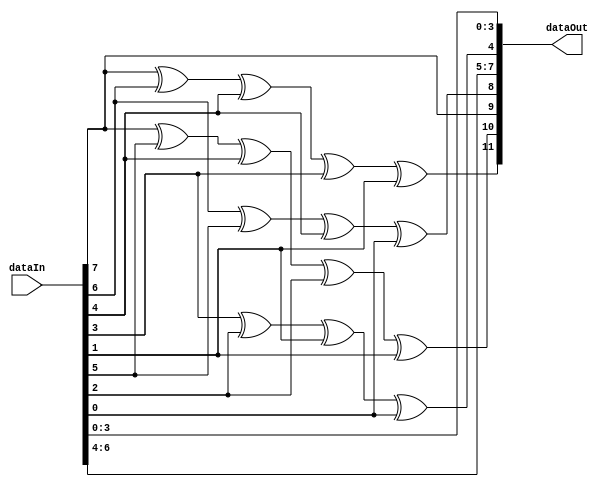
`timescale 1ns / 1ps

module AddParity(
input [1:8] dataIn,
output reg [1:12] dataOut
);

always @(*) 
begin
    dataOut[1] = 
        dataIn[1] ^ dataIn[2] ^ dataIn[4] ^ dataIn[5] ^ dataIn[7];
    dataOut[2] =
        dataIn[1] ^ dataIn[3] ^ dataIn[4] ^ dataIn[6] ^ dataIn[7];
    dataOut[4] =
        dataIn[2] ^ dataIn[3] ^ dataIn[4] ^ dataIn[8];
    dataOut[8] =
        dataIn[5] ^ dataIn[6] ^ dataIn[7] ^ dataIn[8];

    dataOut[3] = dataIn[1];
    dataOut[5] = dataIn[2];
    dataOut[6] = dataIn[3];
    dataOut[7] = dataIn[4];
    dataOut[9] = dataIn[5];
    dataOut[10] = dataIn[6];
    dataOut[11] = dataIn[7];
    dataOut[12] = dataIn[8];
end
endmodule

module CheckParity(
input [1:12] dataIn,
output reg [1:8] dataOut
);

reg [1:4] C;

always@(*) begin
    C[4] = dataIn[1] ^ dataIn[3] ^ dataIn[5] ^ dataIn[7] ^ dataIn[9] ^ dataIn[11];
    C[3] = dataIn[2] ^ dataIn[3] ^ dataIn[6] ^ dataIn[7] ^ dataIn[10] ^ dataIn[11];
    C[2] = dataIn[4] ^ dataIn[5] ^ dataIn[6] ^ dataIn[7] ^ dataIn[12];
    C[1] = dataIn[8] ^ dataIn[9] ^ dataIn[10] ^ dataIn[11] ^ dataIn[12];

    dataOut[1]=dataIn[3];
    dataOut[2]=dataIn[5];
    dataOut[3]=dataIn[6];
    dataOut[4]=dataIn[7];
    dataOut[5]=dataIn[9];
    dataOut[6]=dataIn[10];
    dataOut[7]=dataIn[11];
    dataOut[8]=dataIn[12];
    
    case (C)  
        0:;
        1:;
        2:;
        3: dataOut[1]=~dataOut[1];
        4:;
        5: dataOut[2]=~dataOut[2]; 
        6: dataOut[3]=~dataOut[3]; 
        7: dataOut[4]=~dataOut[4]; 
        8:;
        9: dataOut[5]=~dataOut[5]; 
        10:  dataOut[6]=~dataOut[6]; 
        11:  dataOut[7]=~dataOut[7];
        12:  dataOut[8]=~dataOut[8];
    endcase
end

endmodule


module RAM(
input [7:0] dataIn, //0:read, 1:write
input clk,
input mode,
input [3:0] addr,
output reg [7:0] dataOut);

reg [7:0] mem [15:0];
reg [4:0] j;
initial begin
    for (j=0; j < 16; j=j+1) mem[j] <= 0;
end

always @(posedge clk ) begin
    if (mode) begin //write
        mem[addr] = dataIn;
    end else begin //read
        dataOut = mem[addr];
    end
end
endmodule

module SEC_MEM(
input [1:12] dataIn,
input clk,
input mode, //0:read, 1:write
input [3:0] addr,
output  [1:12] dataOut);

//DO NOT EDIT THIS MODULE
wire  [7:0]  ramDataIn;
wire  [7:0]  ramDataOut;
CheckParity CP(dataIn,ramDataIn);
RAM RM(ramDataIn, clk, mode, addr, ramDataOut);
AddParity AP(ramDataOut,dataOut);

endmodule